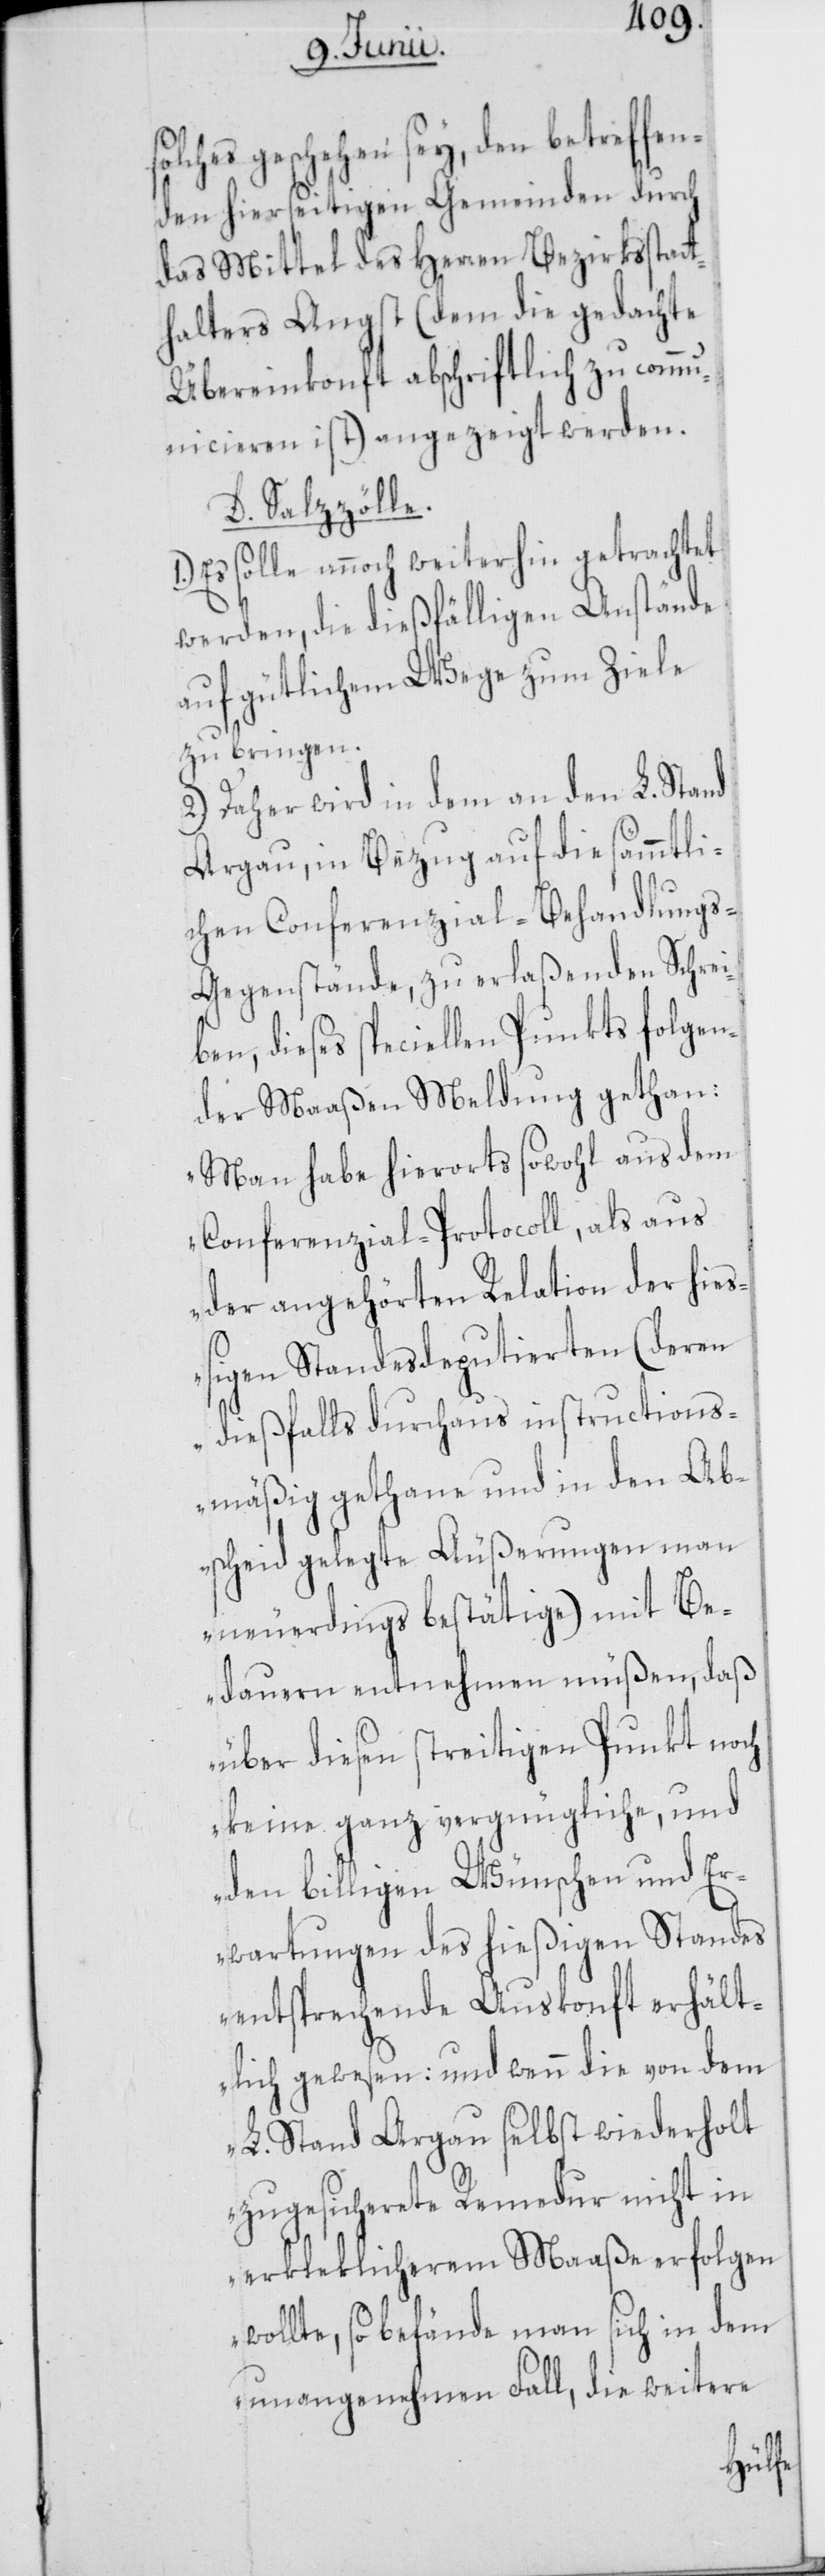
solches geschehen sey, den betreffen¬
den hierseitigen Gemeinden durch
das Mittel des Herren Bezirksstatt¬
halters Angst (dem die gedachte
Übereinkonft abschriftlich zu comm¬
unicieren ist) angezeigt werden.
D. Salzzölle.
Es solle annoch weiterhin getrachtet
werden, die dießfälligen Anstände
auf gütlichem Wege zum Ziele
zu bringen.
2.) Daher wird in dem an den L. Stand
Argau, in Bezug auf die sämmtli¬
chen Conferenzial-Behandlungs-G¬
egenstände, zu erlaßenden Schrei¬
ben, dieses speciellen Punkts folgen¬
der Maaßen Meldung gethan:
„Man habe hierorts sowohl aus dem
Conferenzial-Protocoll, als aus
der angehörten Relation der hieß¬
igen Standesdeputierten (deren
dießfalls durchaus instructions¬
mäßig gethane und in den Ab¬
scheid gelegte Äußerungen man
neuerdings bestätige) mit Be¬
dauern entnehmen müßen, daß
über diesen streitigen Punkt noch
keine ganz vergnügliche, und
den billigen Wünschen und Er¬
wartungen des hießigen Standes
entsprechende Auskonft erhält¬
lich gewesen: und wenn die von dem
L. Stand Argau selbst wiederholt
zugesicherete Remedur nicht in
erkleklicherem Maaße erfolgen
wollte, so befände man sich in dem
unangenehmen Fall, die weitere